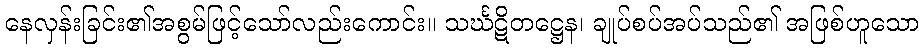
နေလှန်းခြင်း၏အစွမ်ဖြင့်သော်လည်းကောင်း။ သင်္ဃဋိတဋ္ဌေန၊ ချုပ်စပ်အပ်သည်၏ အဖြစ်ဟူသော